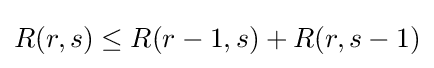
R(r,s)\leq R(r-1,s)+R(r,s-1)